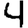
Digit: 4